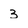
Character: 3